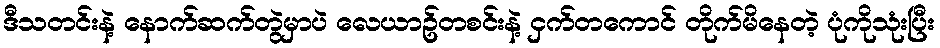
ဒီသတင်းနဲ့ နောက်ဆက်တွဲမှာပဲ လေယာဥ်တစင်းနဲ့ ငှက်တကောင် တိုက်မိနေတဲ့ ပုံကိုသုံးပြီး